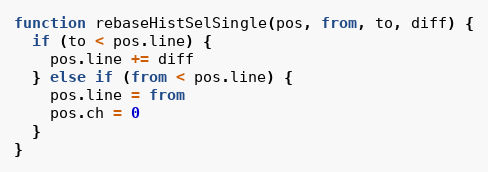
Language: JavaScript
function rebaseHistSelSingle(pos, from, to, diff) {
  if (to < pos.line) {
    pos.line += diff
  } else if (from < pos.line) {
    pos.line = from
    pos.ch = 0
  }
}